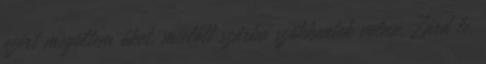
ezért megöltem őket, mielőtt szárba szökkentek volna. Zárd le,